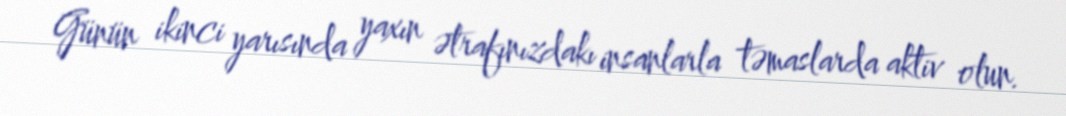
Günün ikinci yarısında yaxın ətrafınızdakı insanlarla təmaslarda aktiv olun.